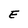
Character: E